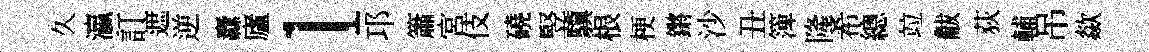
久瀛訂遮逆纛廬l邛簫宮伎磽竪驥根梗鏘沙丑𥱼隆希總竝黻荻輔吊歘